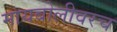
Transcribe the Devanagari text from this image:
मायबोलीवरच